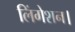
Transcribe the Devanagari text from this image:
लिंगेशन।